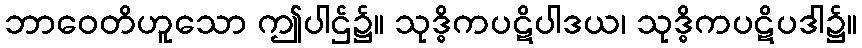
ဘာဝေတိဟူသော ဤပါဌ်၌။ သုဒ္ဓိကပဋိပါဒယ၊ သုဒ္ဓိကပဋိပဒါ၌။